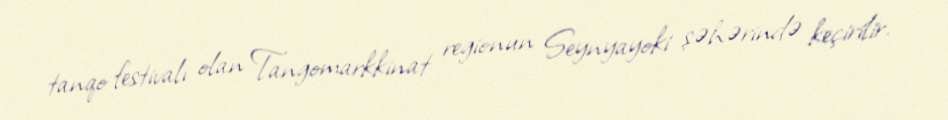
tanqo festivalı olan Tangomarkkinat regionun Seynyayoki şəhərində keçirilir.